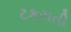
ટકરાતી